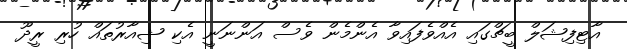
އާޓިފިޝަލް ބީޗްގައި އެއްވެފައިވާ އެންމެން ވެސް އަންނަނީ އެކި ޝިއާރުތައް ހުރި ރީދޫ